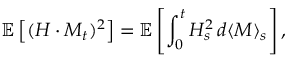
\mathbb { E } \left[ ( H \cdot M _ { t } ) ^ { 2 } \right] = \mathbb { E } \left[ \int _ { 0 } ^ { t } H _ { s } ^ { 2 } \, d \langle M \rangle _ { s } \right] ,